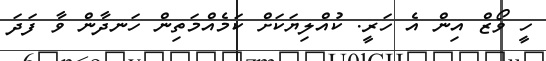
ހީ ވޯޒް އިން އެ ހަރީ. ކުއްލިޔަކަށް ކަމެއްމަތިން ހަނދާން ވާ ފަދަ